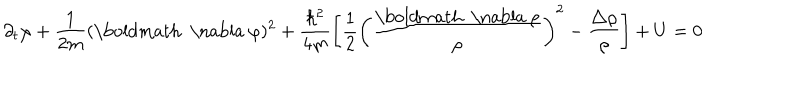
LaTeX: \partial _ { t } \varphi + \frac { 1 } { 2 m } ( { \mathrm { \boldmath ~ \nabla ~ } } \varphi ) ^ { 2 } + \frac { \hbar ^ { 2 } } { 4 m } \left[ \frac { 1 } { 2 } \left( \frac { { \mathrm { \boldmath ~ \nabla ~ } } \rho } { \rho } \right) ^ { 2 } - \frac { \triangle \rho } { \rho } \right] + U = 0